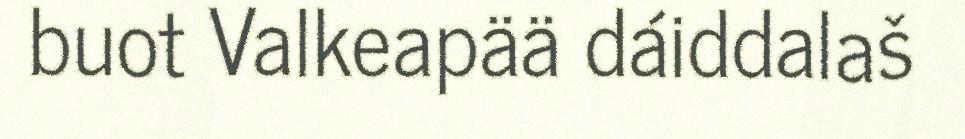
buot Valkeapää dáiddalaš